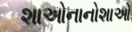
શાઓનાનોશાઓ